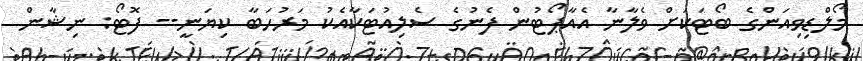
މޯލްޑިވިއަންގެ ބޯޓަކަށް ވެލާނާ އެއާޕޯޓުން ފެނުގެ ސެލިއުޓަކާއެކު މަރުހަބާ ކިޔަނީ-- ފޮޓޯ: ނިޝާން